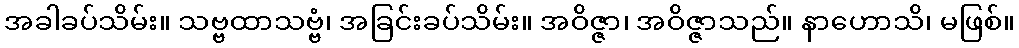
အခါခပ်သိမ်း။ သဗ္ဗထာသဗ္ဗံ၊ အခြင်းခပ်သိမ်း။ အဝိဇ္ဇာ၊ အဝိဇ္ဇာသည်။ နာဟောသိ၊ မဖြစ်။